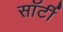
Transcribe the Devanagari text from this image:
साॅर्टी